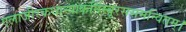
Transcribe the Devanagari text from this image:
एलाजीरकधान्याकनिम्बूरससमन्वितम्।